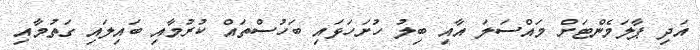
އަދި ޕާލަމެންޓަށް މައްސަލަ އާއި ބިލު ހުށަހަޅައި ބަހުސްތައް ކުރުމާއި ބައިލައި ގަތުމާއި